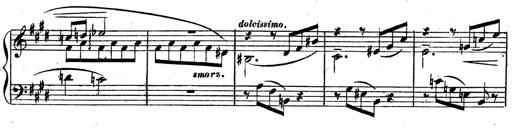
Title: 3 Caprices-Valses
Composer: Franz Liszt